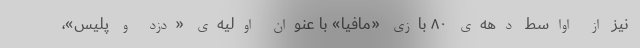
نیز از اواسط دهه‌ی ۸۰ بازی «مافیا» با عنوان اولیه‌ی «دزد و پلیس»،